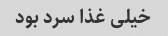
خیلی غذا سرد بود